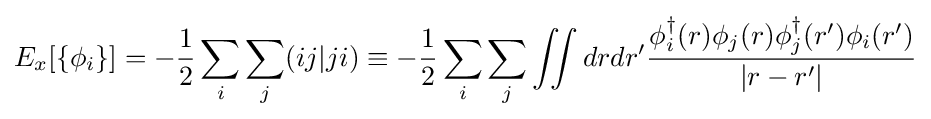
E_{x}[\{\phi _{i}\}]=-{\frac {1}{2}}\sum _{i}\sum _{j}(ij|ji)\equiv -{\frac {1}{2}}\sum _{i}\sum _{j}\iint drdr'{\frac {\phi _{i}^{\dagger }(r)\phi _{j}(r)\phi _{j}^{\dagger }(r')\phi _{i}(r')}{|r-r'|}}